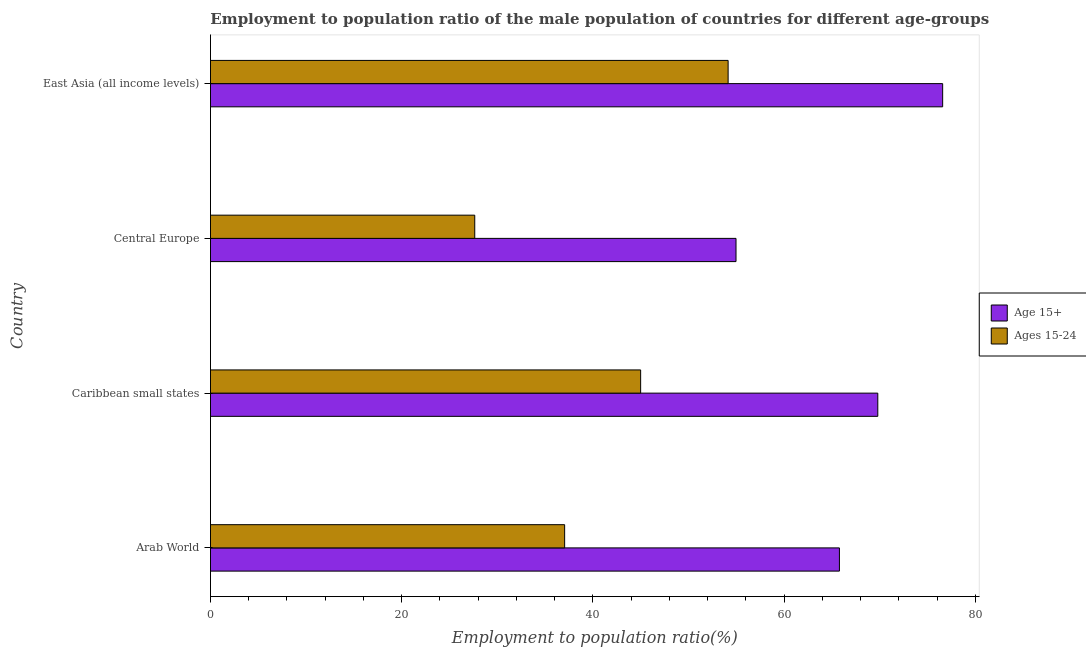
| Country | Age 15+ | Ages 15-24 |
 | --- | --- | --- |
 | Arab World | 65.8 | 37 |
 | Caribbean small states | 69.8 | 45 |
 | Central Europe | 55 | 27.6 |
 | East Asia (all income levels) | 76.6 | 54.1 |